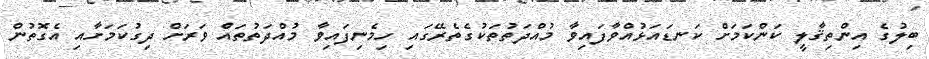
ބިލުގެ އިންތިޤާލީ ކަންކަމަށް ކަނޑައަޅުއްވާފައިވާ މުއްދަތުތަކުގެތެރޭގައި ހިމެނިފައިވާ މުއްދަތުތައް ވަރަށް ދިގުކަމަށާއި އެގޮތުން